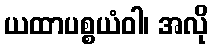
ယထာပစ္စယံဝါ၊ အလို